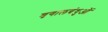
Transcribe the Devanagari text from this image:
शृगालबंधुओं